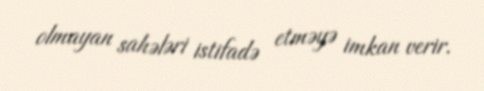
olmayan sahələri istifadə etməyə imkan verir.